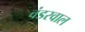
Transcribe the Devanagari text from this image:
वंडरवाल